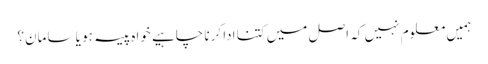
ہمیں معلوم نہیں کہ اصل میں کتنا ادا کرنا چاہیے خواہ پیسہ ہو یا سامان؟